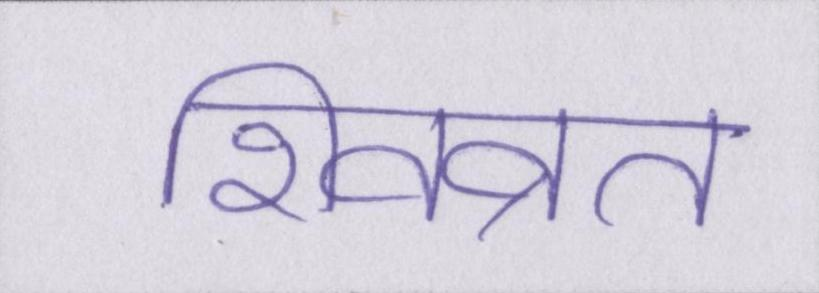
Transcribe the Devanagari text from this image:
शिवव्रत